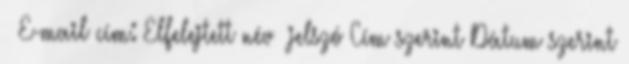
E-mail cím: Elfelejtett név jelszó Cím szerint Dátum szerint